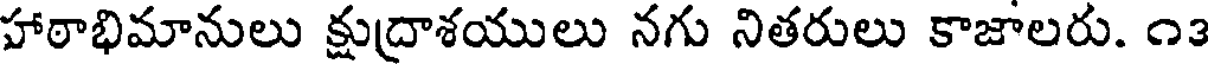
హాఠాభిమానులు క్షుద్రాశయులు నగు నితరులు కాజాలరు. ౧౩